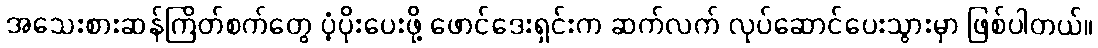
အသေးစားဆန်ကြိတ်စက်တွေ ပံ့ပိုးပေးဖို့ ဖောင်ဒေးရှင်းက ဆက်လက် လုပ်ဆောင်ပေးသွားမှာ ဖြစ်ပါတယ်။